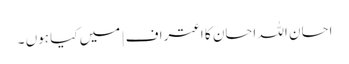
احسان اللہ احسان کا اعتراف | میں کیا ہوں ۔